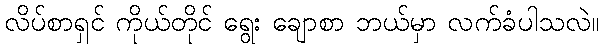
လိပ်စာရှင် ကိုယ်တိုင် ရွေး ချောစာ ဘယ်မှာ လက်ခံပါသလဲ။